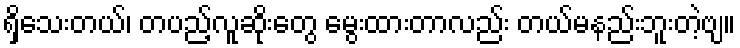
ရှိသေးတယ်၊ တပည့်လူဆိုးတွေ မွေးထားတာလည်း တယ်မနည်းဘူးတဲ့ဗျ။